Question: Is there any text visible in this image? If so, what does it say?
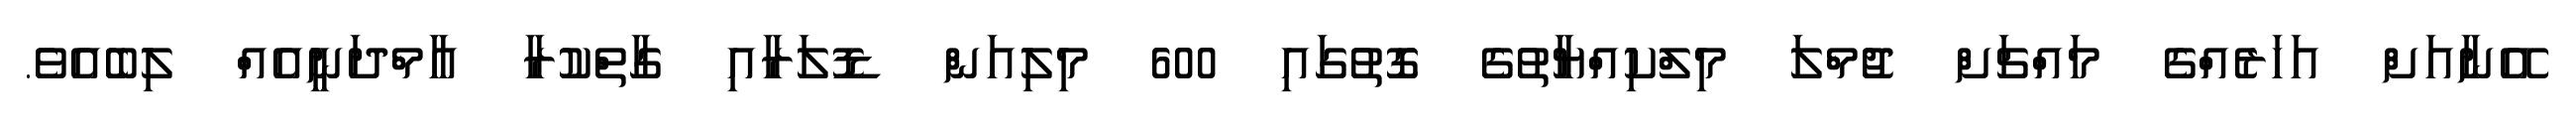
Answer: އޭނާއަށް އަހަރެއްގެ މައްޗަށް ޖުމްލަ މިލްކިއްޔާތުގެ ގޮތުގައި 600 މިލިއަން ޑޮލަރާއި ގާތްކުރާ އާމްދަނީއެއް ލިބެއެވެ.